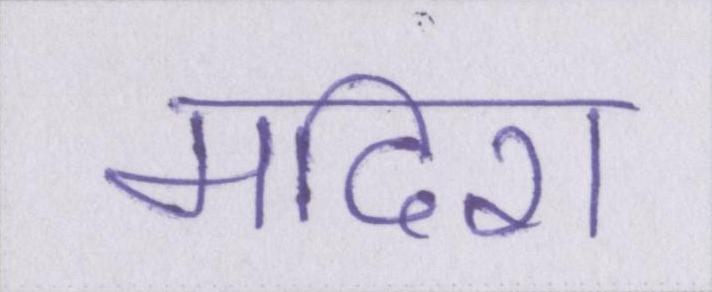
मदिरा